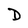
Character: D